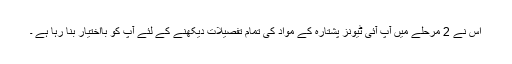
اس نے 2 مرحلے میں آپ آئی ٹیونز پشتارہ کے مواد کی تمام تفصیلات دیکھنے کے لئے آپ کو بااختیار بنا رہا ہے ۔